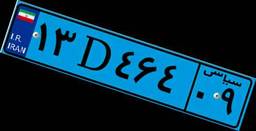
۱۳D۴۶۴۰۹